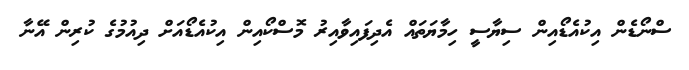
ސްނޯޑެން އިކުއެޑޯއިން ސިޔާސީ ހިމާޔަތައް އެދިފައިވާއިރު މޮސްކޯއިން އިކުއެޑޯއަށް ދިއުމުގެ ކުރިން އޭނާ